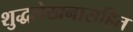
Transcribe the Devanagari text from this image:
शुद्धलेखनासहित